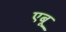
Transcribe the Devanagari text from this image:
एबू